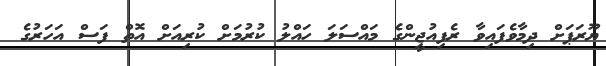
ޔޫރަޕަށް ދިމާވެފައިވާ ރެފިއުޖީންގެ މައްސަލަ ހައްލު ކުރުމަށް ކުރިއަށް އޮތް ފަސް އަހަރުގެ